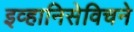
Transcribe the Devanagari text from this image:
इव्हानिसेविचने